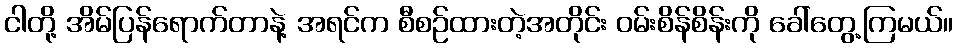
ငါတို့ အိမ်ပြန်ရောက်တာနဲ့ အရင်က စီစဉ်ထားတဲ့အတိုင်း ဝမ်းစိန်စိန်းကို ခေါ်တွေ့ကြမယ်။